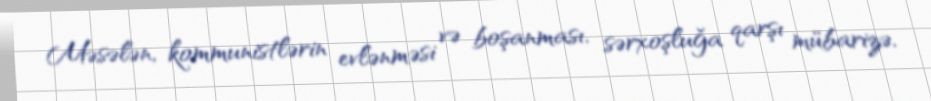
Məsələn, kommunistlərin evlənməsi və boşanması, sərxoşluğa qarşı mübarizə,